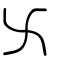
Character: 卐